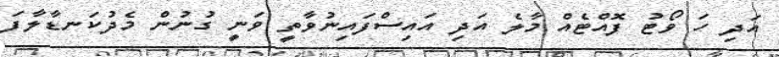
އަދި ހަ ވޯޓު ފޮއްޓެއް މާލެ އަދި އައިސްފައިނުވާތީ ވަނީ ގުނުން މެދުކަނޑާލާފަ